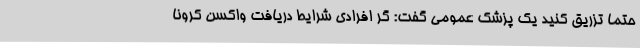
حتماً تزریق کنید یک پزشک عمومی گفت: گر افرادی شرایط دریافت واکسن کرونا